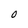
Character: 0